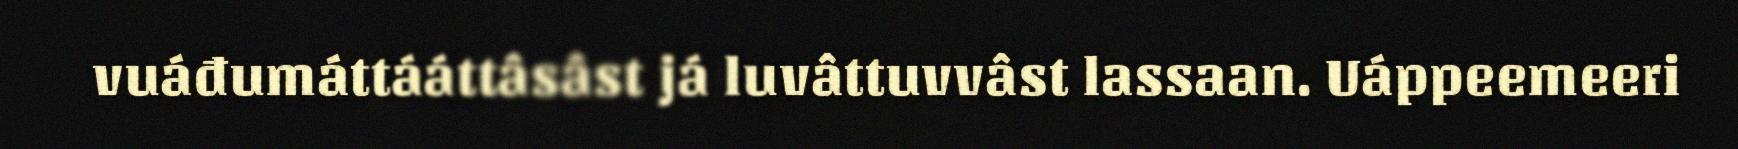
vuáđumáttááttâsâst já luvâttuvvâst lassaan. Uáppeemeeri